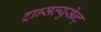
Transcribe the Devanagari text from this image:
ट्रान्सल्युसेन्ट्